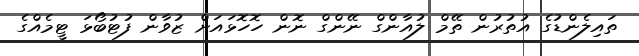
ތައިލެންޑުގެ އުތުރުން ތޭމް ލުއާންގް ނޭންގް ނޮން ހޮހޮޅައަށް ޒުވާން ފުޓުބޯޅަ ޓީމެއްގެ